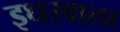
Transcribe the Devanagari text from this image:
इधरवाला